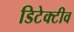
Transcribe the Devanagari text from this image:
डिटेक्टीव